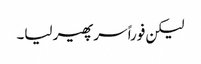
لیکن فوراً سر پھیر لیا۔